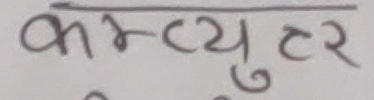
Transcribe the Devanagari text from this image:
कम्प्युटर